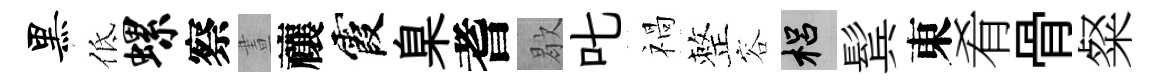
黑低螺察晝禳霞臬耆歇叱禍整容梠鬂東肴骨粲